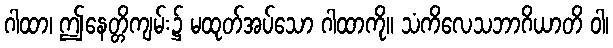
ဂါထာ၊ ဤနေတ္တိကျမ်း၌ မထုတ်အပ်သော ဂါထာကို။ သံကိလေသဘာဂိယာတိ ဝါ၊